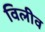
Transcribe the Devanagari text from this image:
विलीव